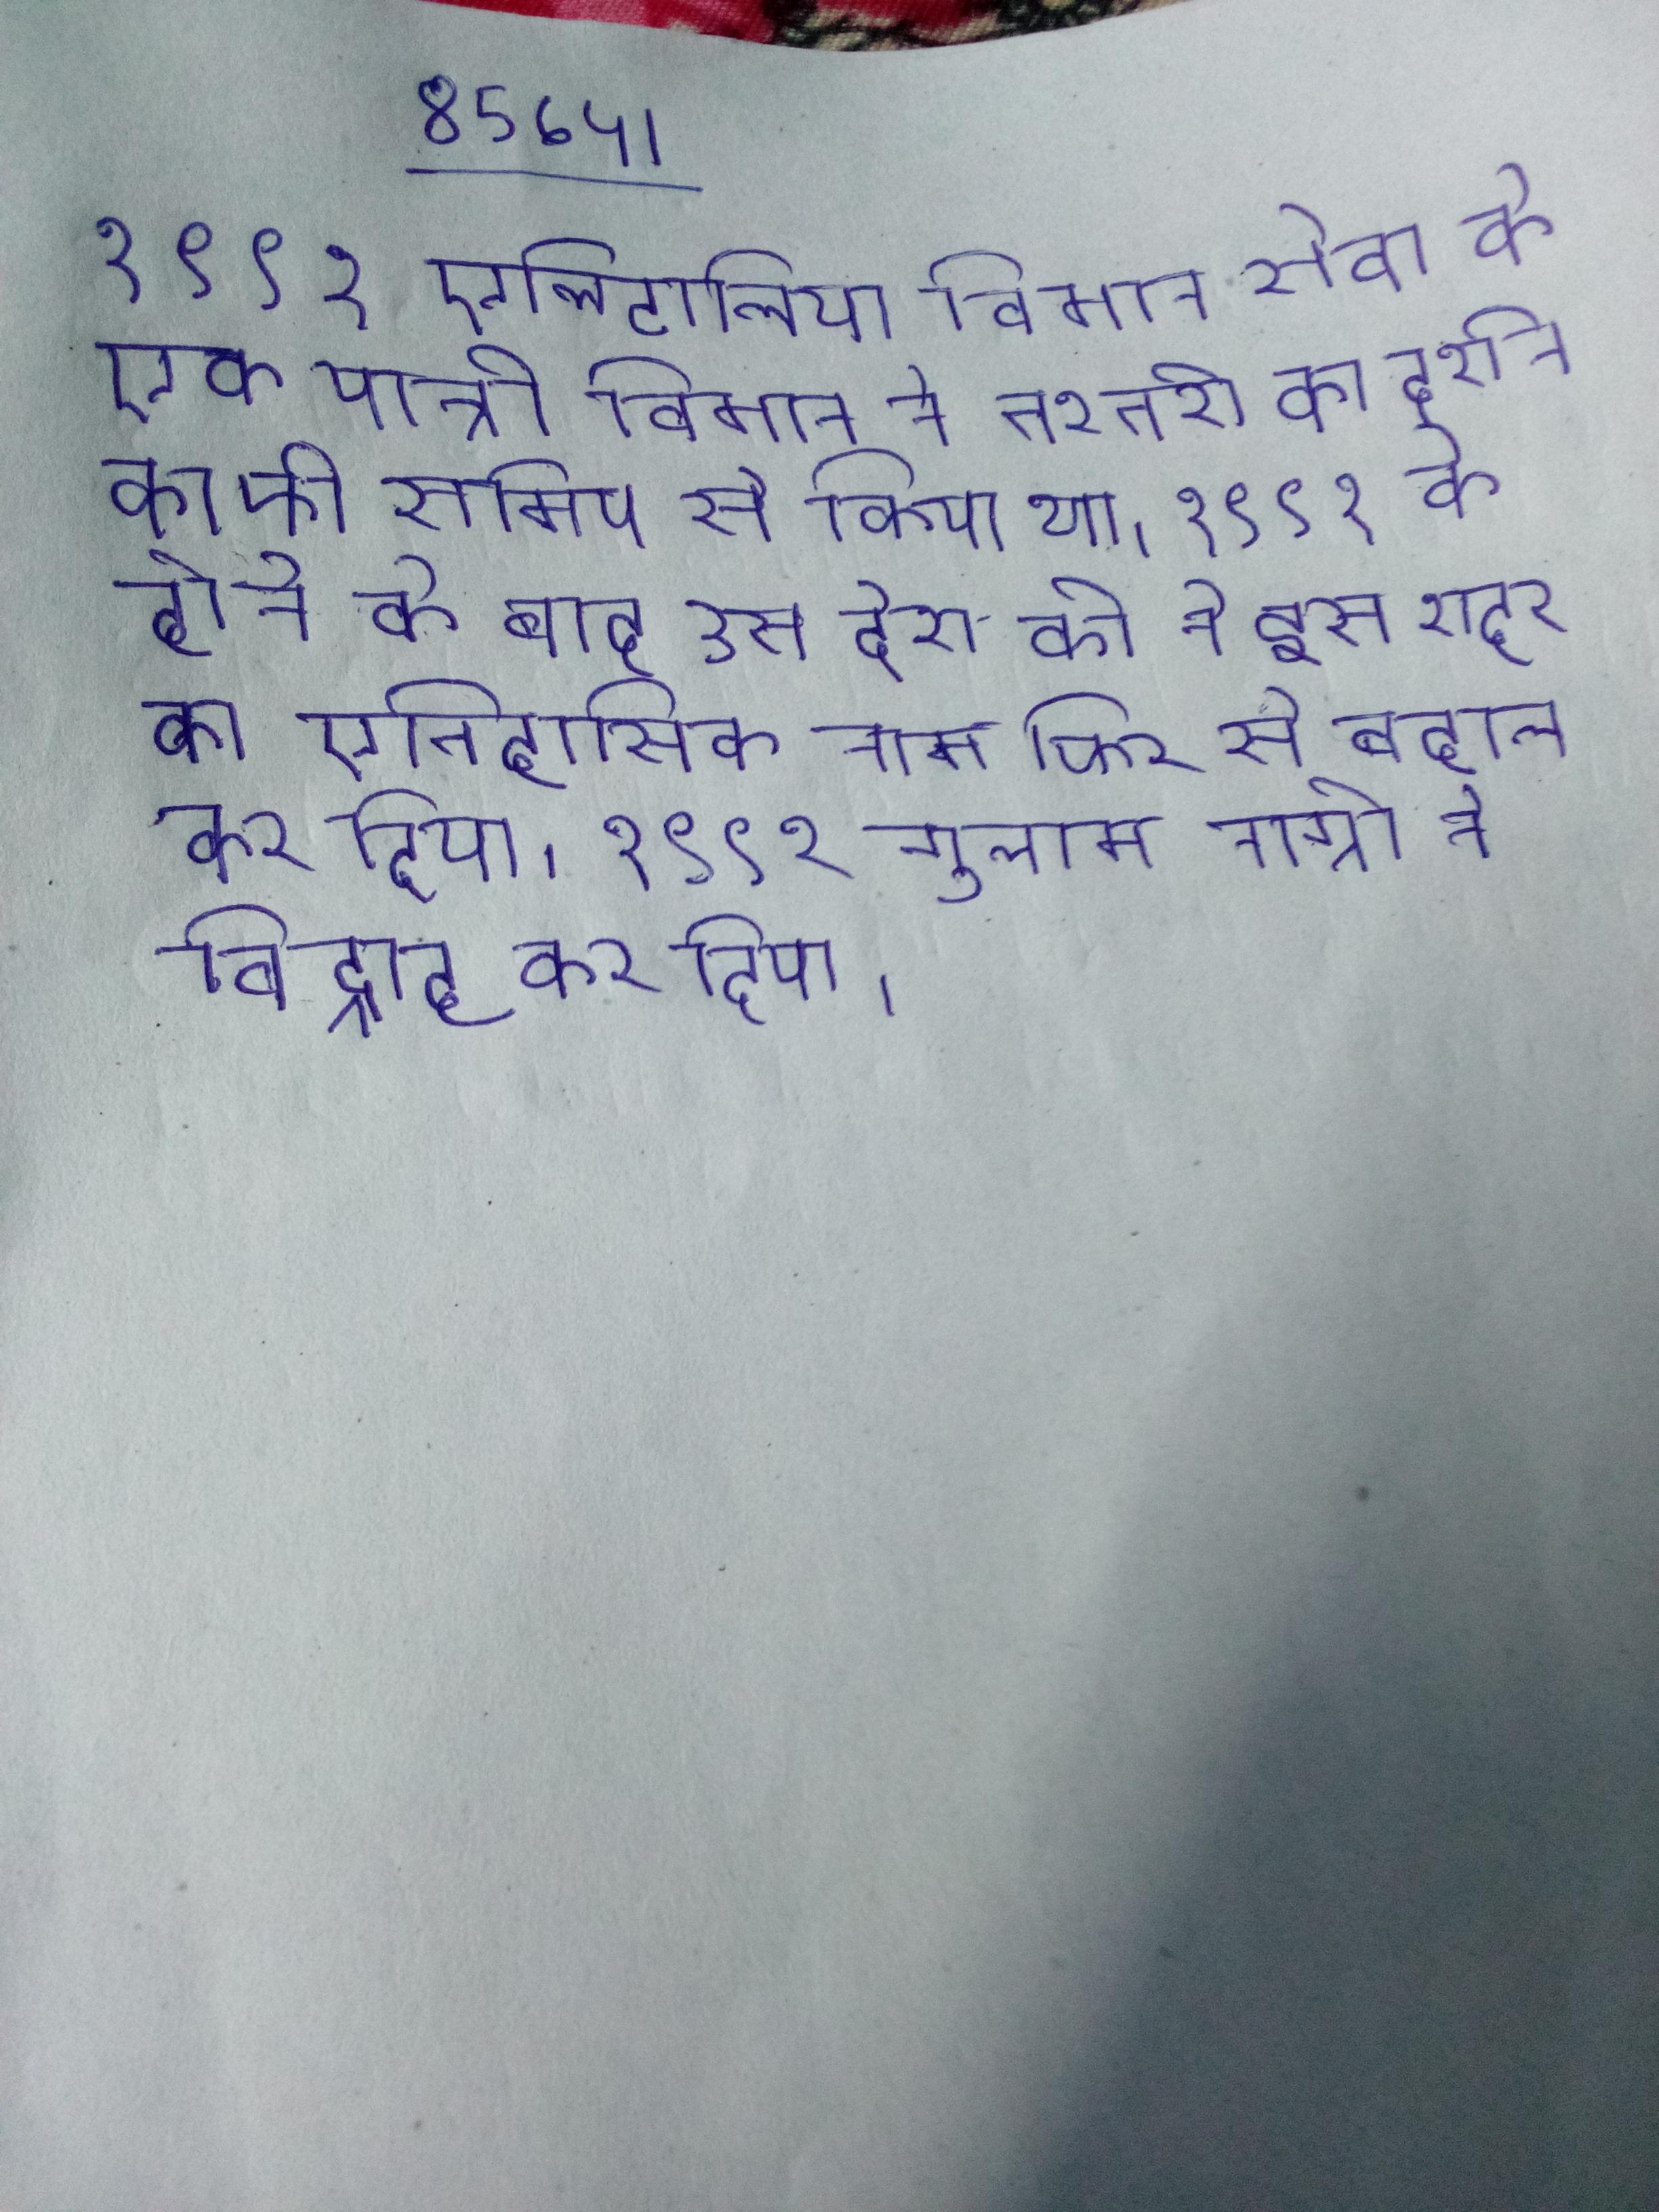
१९९१ एलिटालिया विमान सेवा के एक यात्री विमान ने तश्तरी का दर्शन काफी समिप से किया था । १९९१ के होने के बाद उस देश की ने इस शहर का ऐतिहासिक नाम फिर से बहाल कर दिया । १९९१ गुलाम नीग्रो ने विद्राह कर दिया ।